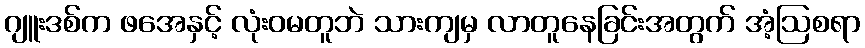
ဂျူးဒစ်က ဖအေနှင့် လုံးဝမတူဘဲ သားကျမှ လာတူနေခြင်းအတွက် အံ့ဩစရာ